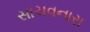
સાચવનારા